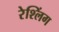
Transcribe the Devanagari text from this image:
रेश्लिंग